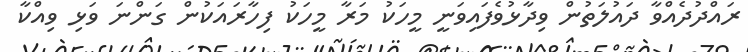
ރައްދުދެއްވާ ދައުލަތުން ވިދާޅުވެފައިވަނީ މީހަކު މަރާ މީހަކު ފިހާރައަކުން ގަންނަ ވަޅި ވިއްކާ